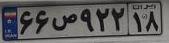
۶۶ص۹۲۲۱۸